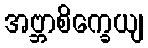
အဗ္ဘာစိက္ခေယျ